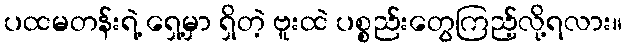
ပထမတန်းရဲ့ ရှေ့မှာ ရှိတဲ့ ဗူးထဲ ပစ္စည်းတွေကြည့်လို့ရလား။